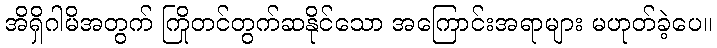
အိရှိဂါမိအတွက် ကြိုတင်တွက်ဆနိုင်သော အကြောင်းအရာများ မဟုတ်ခဲ့ပေ။